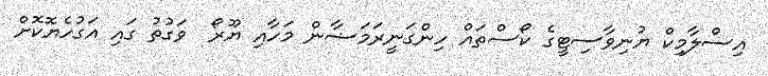
އިސްލާމިކް ޔުނިވާސިޓީގެ ކޯސްތައް ހިންގަނީރަމަޟާން މަހާއި ޔޫރޯ  ވަގުތު ގައި އަގުހެޔޮކޮށް